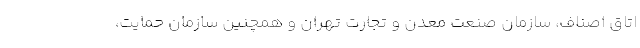
اتاق اصناف، سازمان صنعت معدن و تجارت تهران و همچنین سازمان حمایت،